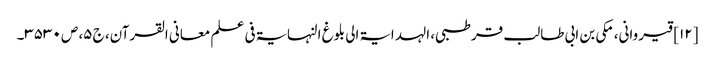
[۱۲] قیروانی، مکی بن ابی طالب قرطبی، الہدایۃ الی بلوغ النہایۃ فی علم معانی القرآن، ج ۵، ص ۳۵۳۰۔